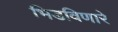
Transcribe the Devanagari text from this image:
भिडविणारे